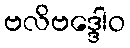
ဗလိဗဒ္ဒေါဝ